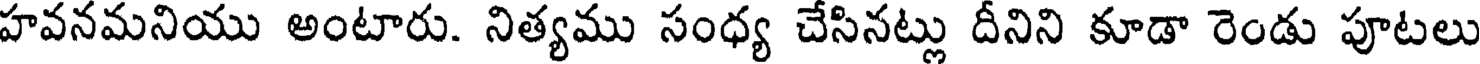
హవనమనియు అంటారు. నిత్యము సంధ్య చేసినట్లు దీనిని కూడా రెండు పూటలు